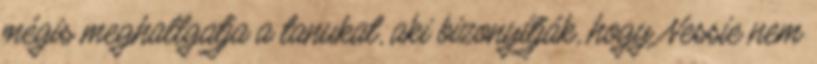
mégis meghallgatja a tanukat, aki bizonyítják, hogy Nessie nem